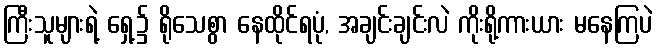
ကြီးသူများရဲ့ ရှေ့၌ ရိုသေစွာ နေထိုင်ရပုံ, အချင်းချင်းလဲ ကိုးရို့ကားယား မနေကြပဲ